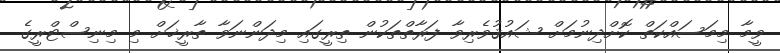
ވީމާ މިމަސައްކަތް ކޮށްދިނުމަށް ޝައުޤުވެރިވާ ފަރާތްތަކުން ތިރީގައި މިދަންނަވާ ތާރީޚަށް މި މިނިސްޓްރީގެ